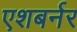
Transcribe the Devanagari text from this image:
एशबर्नर